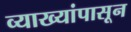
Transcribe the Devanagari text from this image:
व्याख्यांपासून